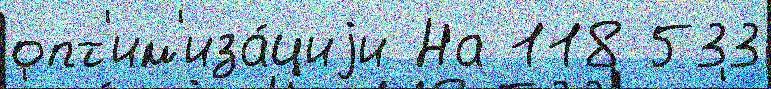
опт'им'иза́циjи На 118 533